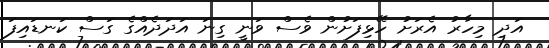
އަދި މިހާރު އެރަށު ހޭޅިފަށުން ވެސް ވަނީ ގިނަ އަދަދެއްގެ ގަސް ކަނޑައިފަ